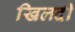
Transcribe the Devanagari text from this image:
खिलदी